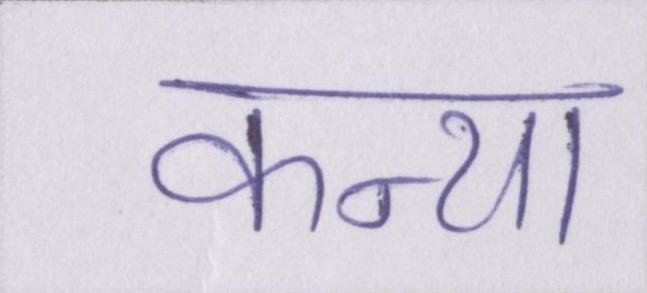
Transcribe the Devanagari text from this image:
कन्या